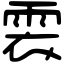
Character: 𩂱